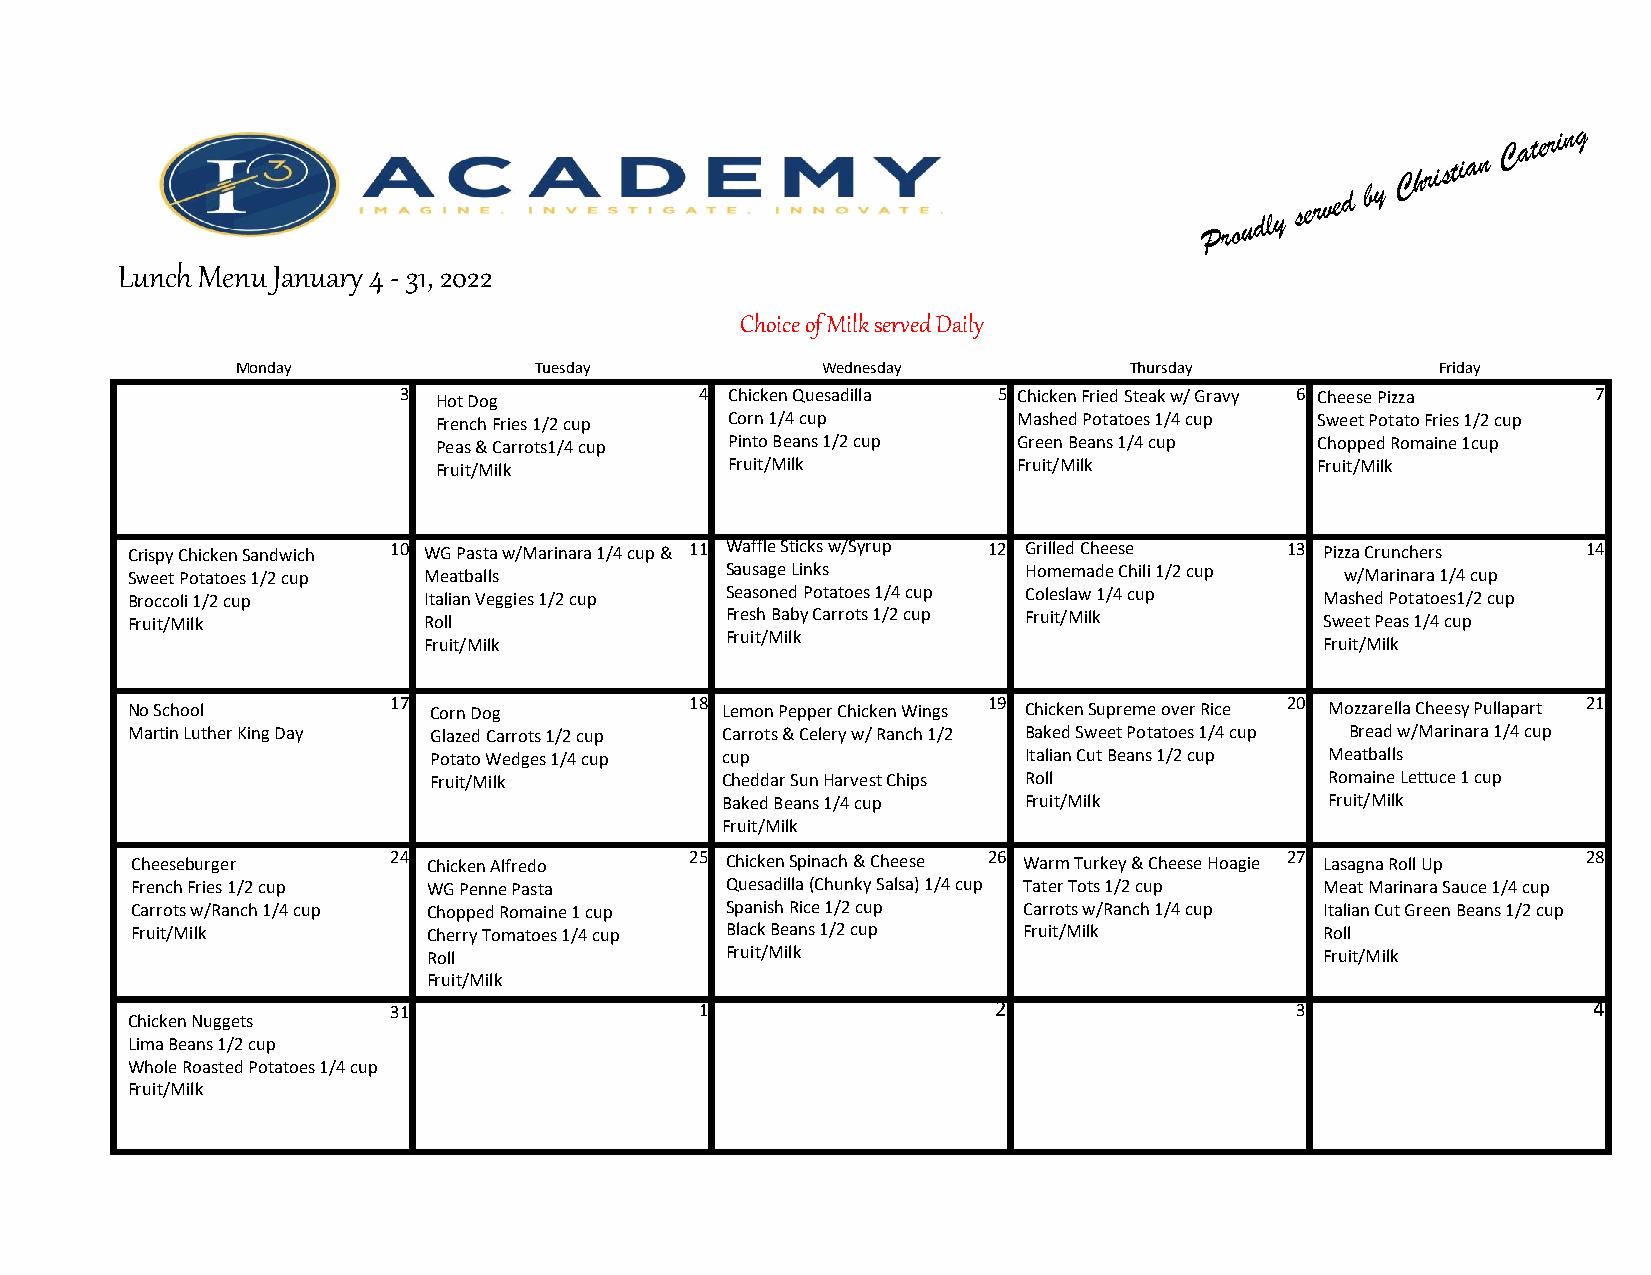
P r o u d l y s e r v e d b y
 C h r i s ti a n
 C a t e r i n g
 Lunch Menu January 4 - 31, 2022
 Choice of Milk served Daily
 Monday             Tuesday            Wednesday            Thursday            Friday
 3  Hot Dog          4 Chicken Quesadilla 5 Chicken Fried Steak w/ Gravy 6 Cheese Pizza 7
 French Fries 1/2 cup Corn 1/4 cup     Mashed Potatoes 1/4 cup Sweet Potato Fries 1/2 cup
 Peas & Carrots1/4 cup Pinto Beans 1/2 cup Green Beans 1/4 cup Chopped Romaine 1cup
 Fruit/Milk         Fruit/Milk         Fruit/Milk          Fruit/Milk
 Crispy ChickenSandwich 10 WG Pasta w/Marinara 1/4 cup & 11 Waffle Sticks w/Syrup 12 Grilled Cheese 13 Pizza Crunchers 14
 Sweet Potatoes 1/2 cup Meatballs        Sausage Links       Homemade Chili 1/2 cup w/Marinara 1/4 cup
 Broccoli 1/2 cup    Italian Veggies 1/2 cup Seasoned Potatoes 1/4 cup Coleslaw 1/4 cup Mashed Potatoes1/2 cup
 Fruit/Milk          Roll                Fresh Baby Carrots 1/2 cup Fruit/Milk   Sweet Peas 1/4 cup
 Fruit/Milk
 Fruit/Milk                                                  Fruit/Milk
 No School         17 Corn Dog         18 Lemon PepperChicken Wings 19 Chicken Supreme over Rice 20 Mozzarella Cheesy Pullapart 21
 Martin Luther King Day Glazed Carrots 1/2 cup Carrots & Celery w/ Ranch 1/2 Baked Sweet Potatoes 1/4 cup Bread w/Marinara 1/4 cup
 Potato Wedges 1/4 cup cup               Italian Cut Beans 1/2 cup Meatballs
 Fruit/Milk          Cheddar Sun Harvest Chips Roll          Romaine Lettuce 1 cup
 Baked Beans 1/4 cup Fruit/Milk          Fruit/Milk
 Fruit/Milk
 Cheeseburger     24 Chicken Alfredo  25 Chicken Spinach & Cheese 26 Warm Turkey & Cheese Hoagie 27 Lasagna Roll Up 28
 French Fries 1/2 cup WG Penne Pasta    Quesadilla (Chunky Salsa) 1/4 cup Tater Tots 1/2 cup Meat Marinara Sauce 1/4 cup
 Carrots w/Ranch 1/4 cup Chopped Romaine 1cup Spanish Rice 1/2 cup Carrots w/Ranch 1/4 cup Italian Cut Green Beans 1/2 cup
 Fruit/Milk         Cherry Tomatoes 1/4 cup Black Beans 1/2 cup Fruit/Milk      Roll
 Roll                Fruit/Milk                              Fruit/Milk
 Fruit/Milk
 31                  1                   2                   3                  4
 Chicken Nuggets
 LimaBeans 1/2 cup
 Whole Roasted Potatoes 1/4 cup
 Fruit/Milk